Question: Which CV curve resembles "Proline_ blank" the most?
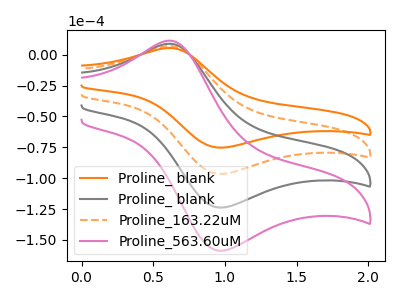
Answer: <think>The orange curve "Proline_ blank" has an anodic peak at (0.60V, 5.35uA) and a cathodic peak at (0.95V, -75.25uA). The gray curve "Proline_ blank" has an anodic peak at (0.60V, 13.75uA) and a cathodic peak at (0.95V, -192.95uA). The orange dashed curve "Proline_163.22uM" has an anodic peak at (0.60V, 6.90uA) and a cathodic peak at (0.95V, -96.50uA). The pink curve "Proline_563.60uM" has an anodic peak at (0.60V, 20.65uA) and a cathodic peak at (0.95V, -289.45uA).
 All the peaks in "Proline_ blank" have a peak in "Proline_ blank" at the same potential. Every peak in "Proline_ blank" is lower than every peak in "Proline_ blank". All the peaks in "Proline_ blank" have a peak in "Proline_163.22uM" at the same potential. Every peak in "Proline_ blank" is lower than every peak in "Proline_163.22uM". All the peaks in "Proline_ blank" have a peak in "Proline_563.60uM" at the same potential. Every peak in "Proline_ blank" is lower than every peak in "Proline_563.60uM". All the peaks in "Proline_ blank" have a peak in "Proline_163.22uM" at the same potential. Every peak in "Proline_ blank" is higher than every peak in "Proline_163.22uM". All the peaks in "Proline_ blank" have a peak in "Proline_563.60uM" at the same potential. Every peak in "Proline_ blank" is lower than every peak in "Proline_563.60uM". All the peaks in "Proline_163.22uM" have a peak in "Proline_563.60uM" at the same potential. Every peak in "Proline_163.22uM" is lower than every peak in "Proline_563.60uM".</think>
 <answer>"Proline_ blank", "Proline_163.22uM" and "Proline_563.60uM" have a similar shape to "Proline_ blank".</answer>
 <eval>"Proline_ blank" "Proline_163.22uM" "Proline_563.60uM"</eval>